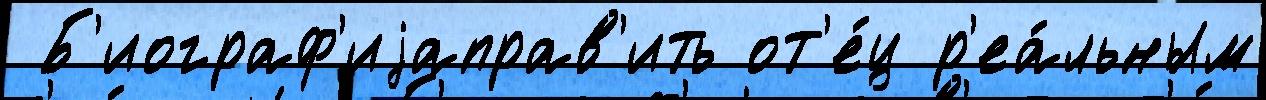
 Б'иограф'иjаправ'ить от'е́ц р'еа́льным